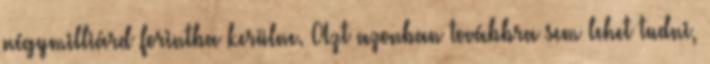
négymilliárd forintba kerülne. Azt azonban továbbra sem lehet tudni,